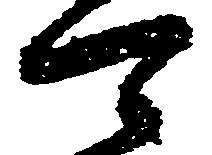
可